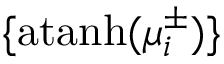
\{ \mathrm { a t a n h } ( \mu _ { i } ^ { \pm } ) \}